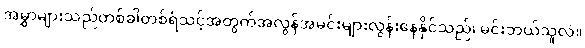
အမွှာများသည်တစ်ခါတစ်ရံသင့်အတွက်အလွန်အမင်းများလွန်းနေနိုင်သည်၊ မင်းဘယ်သူလဲ။